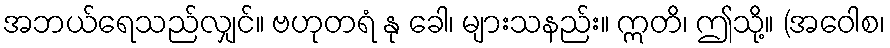
အဘယ်ရေသည်လျှင်။ ဗဟုတရံ နု ခေါ၊ များသနည်း။ ဣတိ၊ ဤသို့။ (အဝေါစ၊